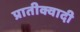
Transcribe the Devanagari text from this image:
प्रातीक्वादी